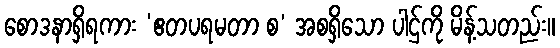
စောဒနာရှိရကား ‘ဧတပရမတာ စ’ အစရှိသော ပါဌ်ကို မိန့်သတည်း။